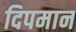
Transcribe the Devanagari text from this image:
दिपमान